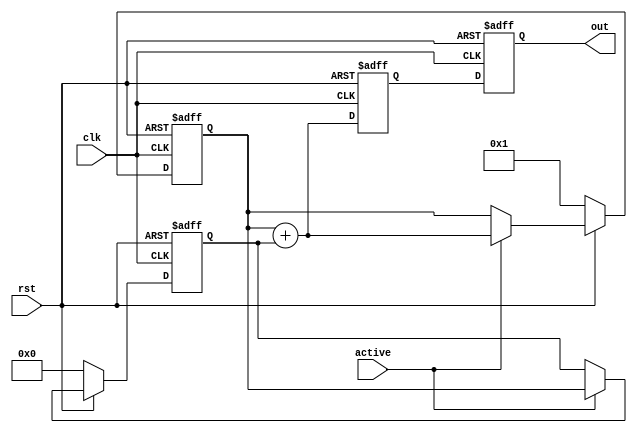
`timescale 1ns / 1ps
//////////////////////////////////////////////////////////////////////////////////
// Company: COLLEGE OF VLSI 
// 
// Design Name: 
// Module Name: fibonacci
// Project Name: 
// Target Devices: 
// Tool Versions: 
// Description: 
// 
// Dependencies: 
// 
// Revision:
// Revision 0.01 - File Created
// Additional Comments:
// 
//////////////////////////////////////////////////////////////////////////////////


module fibonacci(
        clk,
        active,
        rst,
        out

    );
    
    input clk,active,rst;
    output reg [31:0] out;
    
//reg and nets
    reg [31:0] ff1, ff2, mux1, mux2, ff_out_1;
    wire [31:0] w_out, w_ff1, w_ff2;
 
 // Initializing ff to 0 and 1 
    always @(posedge clk or negedge rst) begin
        if(!rst) begin
    
            ff1 <= 32'h0001;
            ff2 <= 32'h0000;
            end
    
        else begin
            
            ff1 <= mux1;
            ff2 <= mux2;
            end
    end
    
    
//net assignment
    assign w_ff1 = ff1;
    assign w_ff2 = ff2;
//in case of enable used Muxing.
        always @(*) begin
    
        if(!rst) begin
    
            mux1 = 32'h0001;
            mux2 = 32'h0000;
            end
    
        else begin
            
            mux1 = active? w_out : w_ff1;
            mux2 = active? w_ff1 : w_ff2;
            end
    end
    
//Addition
        assign w_out = ff1 + ff2 ;
//Output ffloped for satrting value as 0,1 after that the other value 1,2,3,5,8,13......   
        always @(posedge clk or negedge rst)begin
            if(!rst) begin
    
            ff_out_1 <= 32'h0000;
            out <= 32'h0000;
            end
    
        else begin
            
            ff_out_1 <= w_out;
            out <= ff_out_1;
            end
        
        
        end
    

    
    
    
endmodule